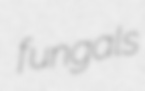
fungals